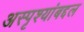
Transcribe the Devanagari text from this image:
अस्पृश्यांबद्दल